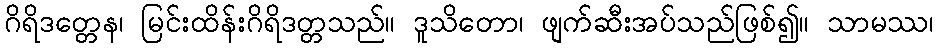
ဂိရိဒတ္တေန၊ မြင်းထိန်းဂိရိဒတ္တသည်။ ဒူသိတော၊ ဖျက်ဆီးအပ်သည်ဖြစ်၍။ သာမဿ၊